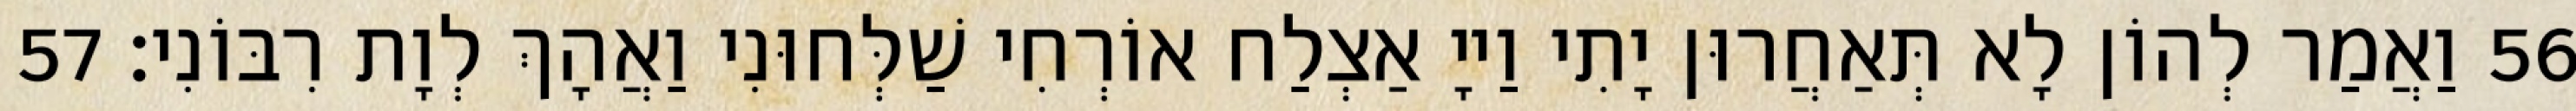
56 וַאֲמַר לְהוֹן לָא תְּאַחֲרוּן יָתִי וַייָ אַצְלַח אוֹרְחִי שַׁלְּחוּנִי וַאֲהָךְ לְוָת רִבּוֹנִי׃ 57